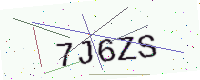
Text: 7J6ZS